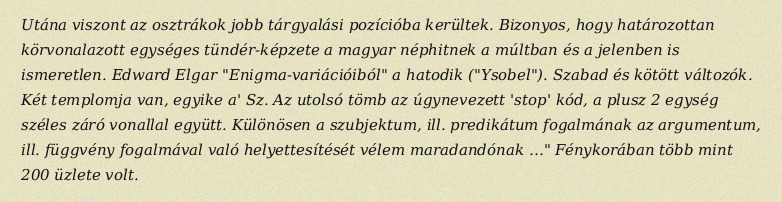
Utána viszont az osztrákok jobb tárgyalási pozícióba kerültek. Bizonyos, hogy határozottan körvonalazott egységes tündér-képzete a magyar néphitnek a múltban és a jelenben is ismeretlen. Edward Elgar "Enigma-variációiból" a hatodik ("Ysobel"). Szabad és kötött változók. Két templomja van, egyike a' Sz. Az utolsó tömb az úgynevezett 'stop' kód, a plusz 2 egység széles záró vonallal együtt. Különösen a szubjektum, ill. predikátum fogalmának az argumentum, ill. függvény fogalmával való helyettesítését vélem maradandónak …" Fénykorában több mint 200 üzlete volt.